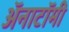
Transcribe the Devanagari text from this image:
अॅनाटॉमी